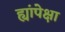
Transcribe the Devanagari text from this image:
ह्यांपेक्षा